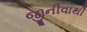
જીનીવાથી